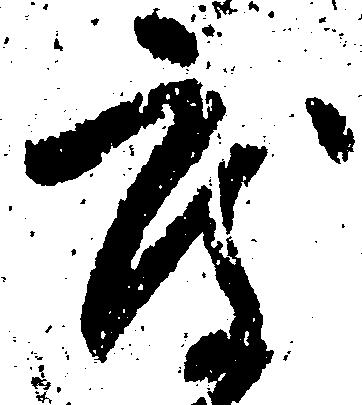
度